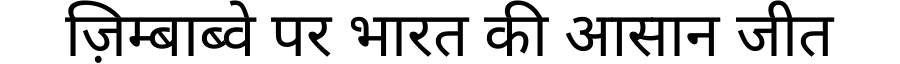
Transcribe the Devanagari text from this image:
ज़िम्बाब्वे पर भारत की आसान जीत